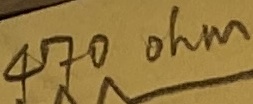
Text: 470 ohm